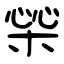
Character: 橤